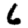
Digit: 6